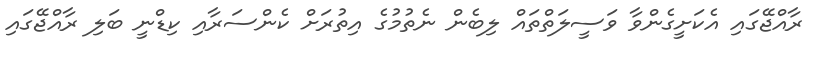
ރާއްޖޭގައި އެކަށީގެންވާ ވަސީލަތްތައް ލިބެން ނެތުމުގެ އިތުރަށް ކެންސަރާއި ކިޑްނީ ބަލި ރާއްޖޭގައި